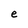
Character: e